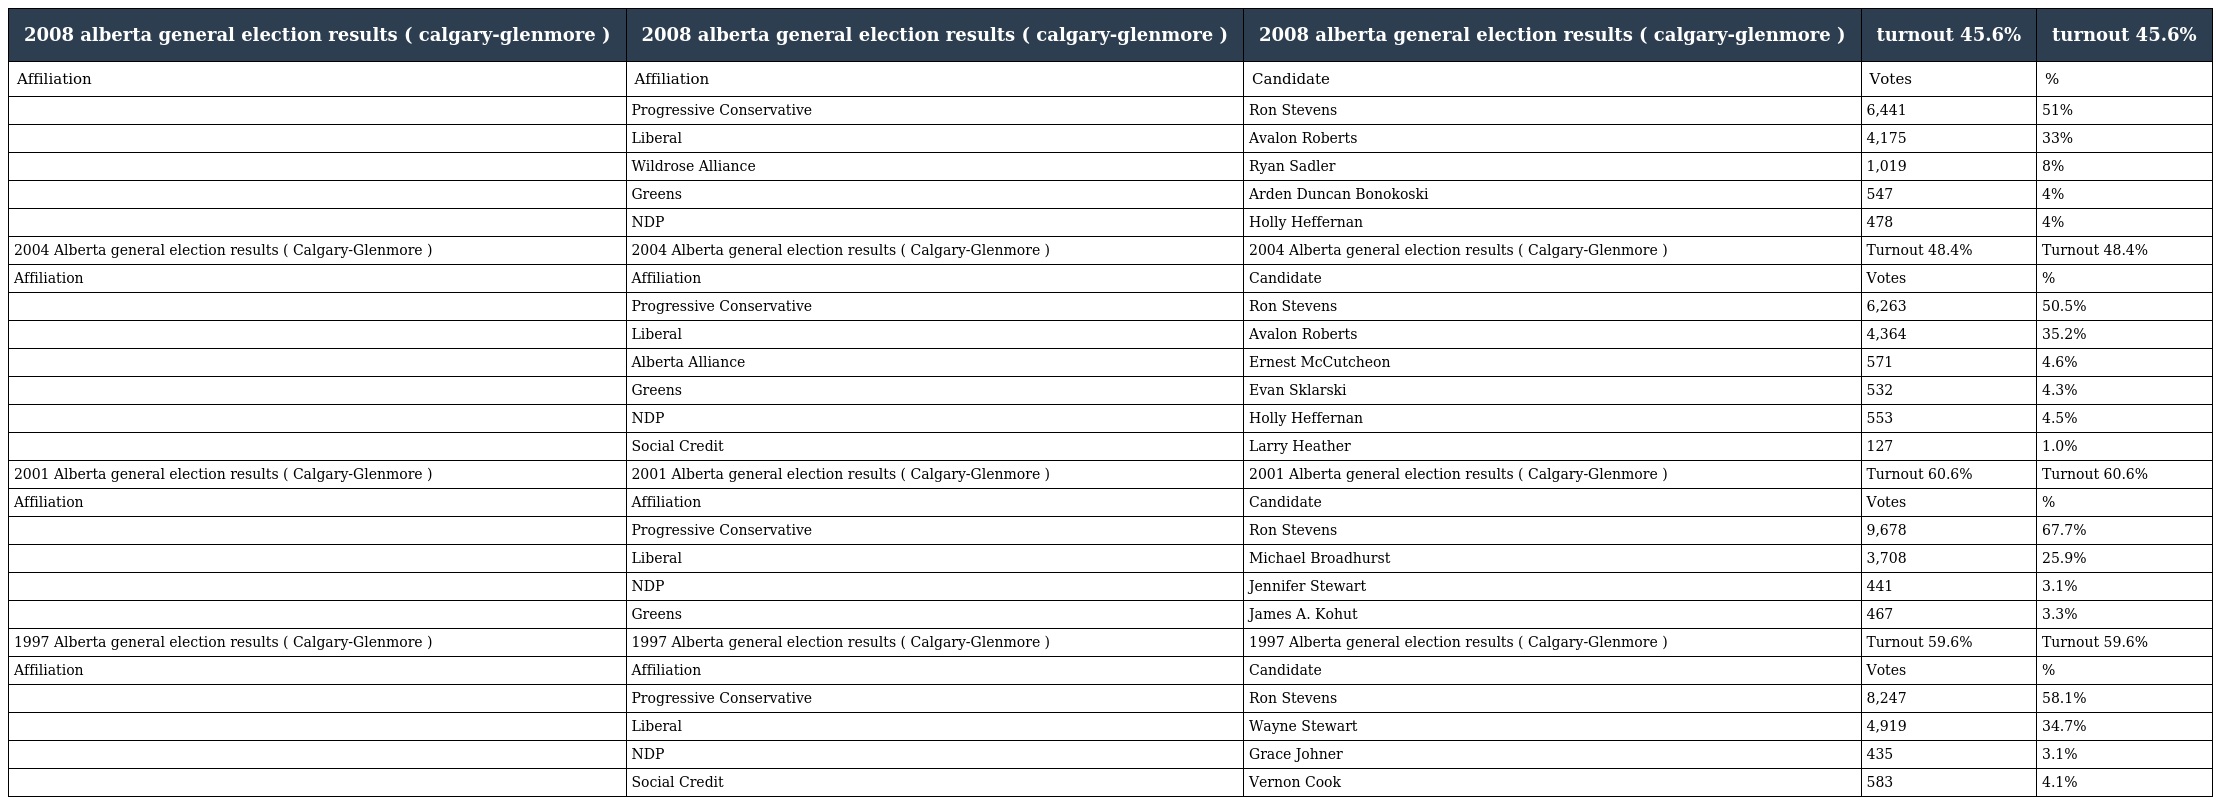
| 2008 alberta general election results ( calgary-glenmore ) | 2008 alberta general election results ( calgary-glenmore ) | 2008 alberta general election results ( calgary-glenmore ) | turnout 45.6% | turnout 45.6% |
 | --- | --- | --- | --- | --- |
 | Affiliation | Affiliation | Candidate | Votes | % |
 |  | Progressive Conservative | Ron Stevens | 6,441 | 51% |
 |  | Liberal | Avalon Roberts | 4,175 | 33% |
 |  | Wildrose Alliance | Ryan Sadler | 1,019 | 8% |
 |  | Greens | Arden Duncan Bonokoski | 547 | 4% |
 |  | NDP | Holly Heffernan | 478 | 4% |
 | 2004 Alberta general election results ( Calgary-Glenmore ) | 2004 Alberta general election results ( Calgary-Glenmore ) | 2004 Alberta general election results ( Calgary-Glenmore ) | Turnout 48.4% | Turnout 48.4% |
 | Affiliation | Affiliation | Candidate | Votes | % |
 |  | Progressive Conservative | Ron Stevens | 6,263 | 50.5% |
 |  | Liberal | Avalon Roberts | 4,364 | 35.2% |
 |  | Alberta Alliance | Ernest McCutcheon | 571 | 4.6% |
 |  | Greens | Evan Sklarski | 532 | 4.3% |
 |  | NDP | Holly Heffernan | 553 | 4.5% |
 |  | Social Credit | Larry Heather | 127 | 1.0% |
 | 2001 Alberta general election results ( Calgary-Glenmore ) | 2001 Alberta general election results ( Calgary-Glenmore ) | 2001 Alberta general election results ( Calgary-Glenmore ) | Turnout 60.6% | Turnout 60.6% |
 | Affiliation | Affiliation | Candidate | Votes | % |
 |  | Progressive Conservative | Ron Stevens | 9,678 | 67.7% |
 |  | Liberal | Michael Broadhurst | 3,708 | 25.9% |
 |  | NDP | Jennifer Stewart | 441 | 3.1% |
 |  | Greens | James A. Kohut | 467 | 3.3% |
 | 1997 Alberta general election results ( Calgary-Glenmore ) | 1997 Alberta general election results ( Calgary-Glenmore ) | 1997 Alberta general election results ( Calgary-Glenmore ) | Turnout 59.6% | Turnout 59.6% |
 | Affiliation | Affiliation | Candidate | Votes | % |
 |  | Progressive Conservative | Ron Stevens | 8,247 | 58.1% |
 |  | Liberal | Wayne Stewart | 4,919 | 34.7% |
 |  | NDP | Grace Johner | 435 | 3.1% |
 |  | Social Credit | Vernon Cook | 583 | 4.1% |